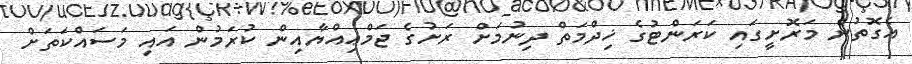
އެގޮތުން މަރޮށީގައި ކަރަންޓުގެ ޚިދްމަތް ދިނުމަށް ރަށުގެ ޖަމްޢިއްޔާއިން ކުރަމުން އައި މަސައްކަތަށް